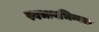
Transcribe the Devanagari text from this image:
स्वभावभिन्नता